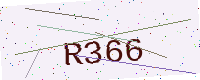
Text: R366